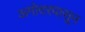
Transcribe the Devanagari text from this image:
अगोदरपासून